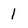
Character: l